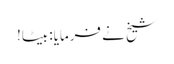
شیخ نے فرمایا: بیٹا!